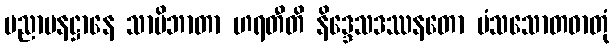
ပညာပနဋ္ဌာနေ သာမိဘာတာ ဟရတီတိ နိဒ္ဒေသဒဿနတော မံသသောတဓာတုံ